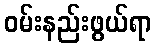
ဝမ်းနည်းဖွယ်ရာ